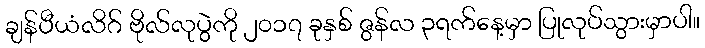
ချန်ပီယံလိဂ် ဗိုလ်လုပွဲကို ၂၀၁၇ ခုနှစ် ဇွန်လ ၃ရက်နေ့မှာ ပြုလုပ်သွားမှာပါ။